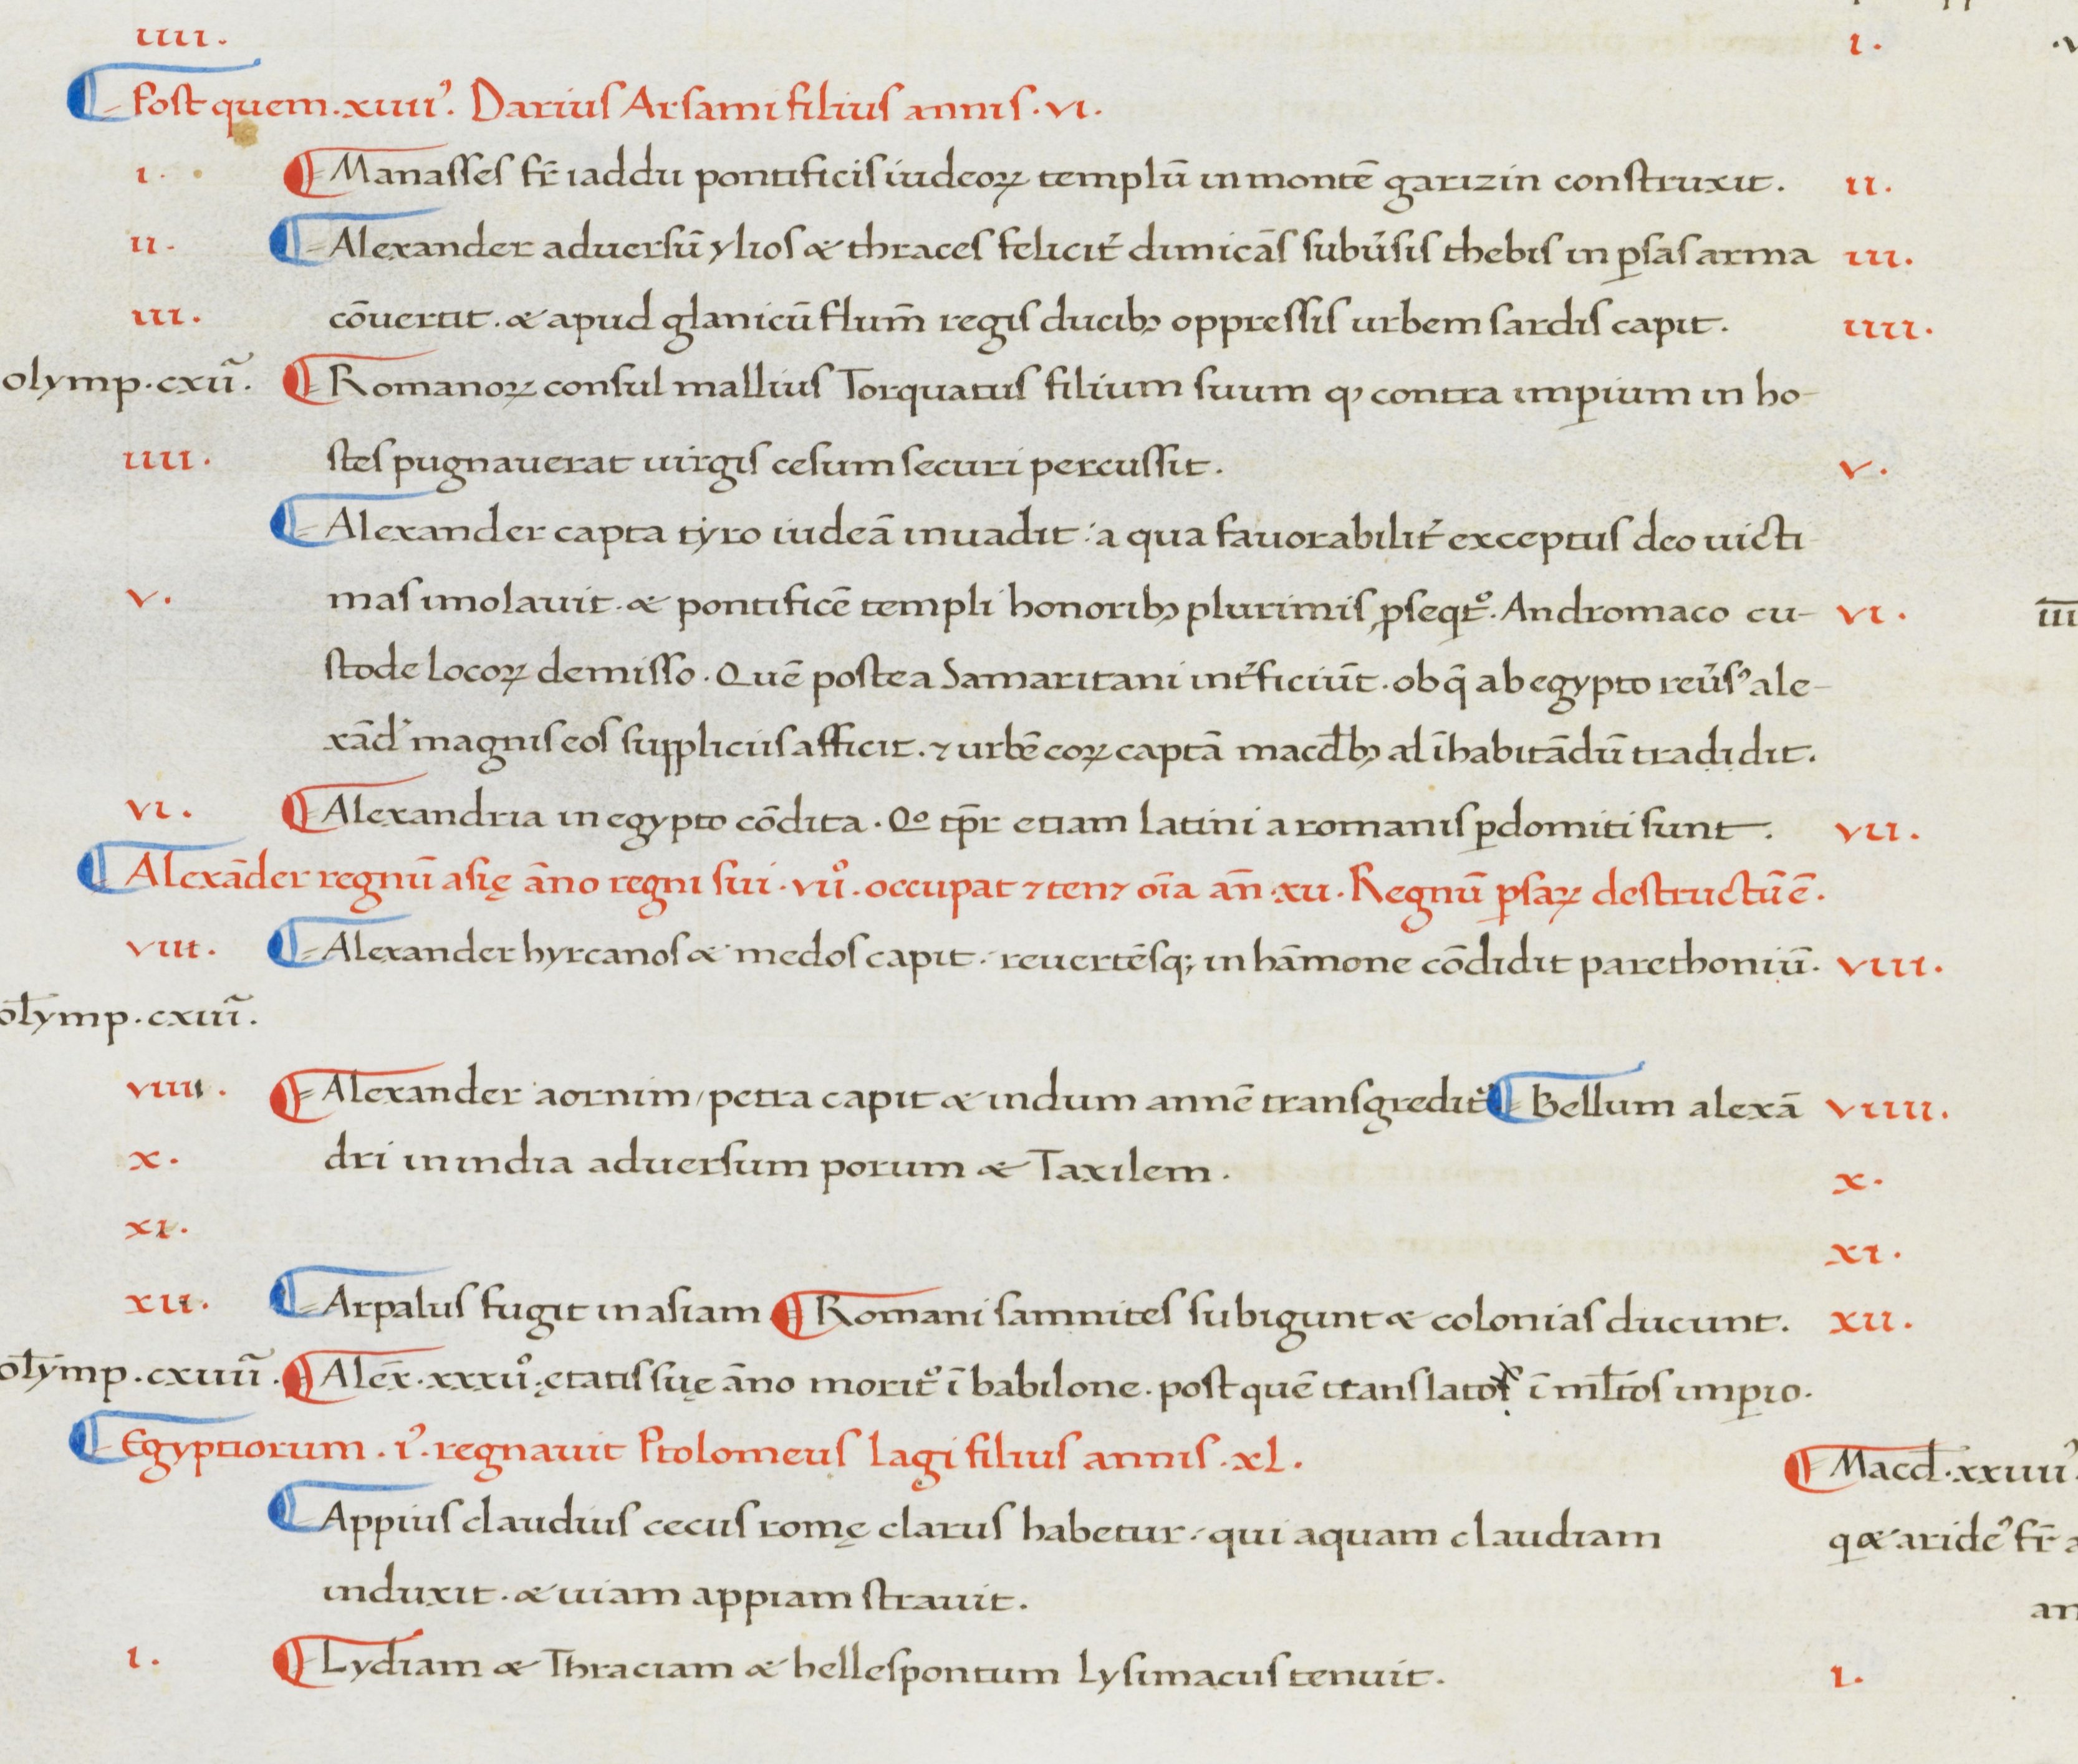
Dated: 1380–1420